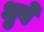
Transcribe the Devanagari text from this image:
धुवे